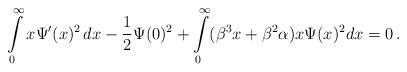
LaTeX: \begin{align*} \int\limits_0^\infty x \Psi'(x)^2 \, dx - \frac 12 \Psi (0)^2 + \int\limits_0^\infty ( \beta^3 x + \beta^2 \alpha) x \Psi(x)^2 dx = 0\, .\end{align*}